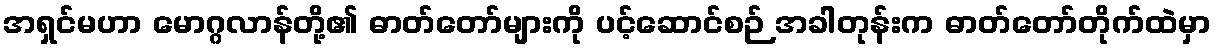
အရှင်မဟာ မောဂ္ဂလာန်တို့၏ ဓာတ်တော်များကို ပင့်ဆောင်စဉ် အခါတုန်းက ဓာတ်တော်တိုက်ထဲမှာ